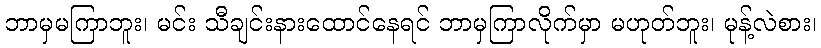
ဘာမှမကြာဘူး၊ မင်း သီချင်းနားထောင်နေရင် ဘာမှကြာလိုက်မှာ မဟုတ်ဘူး၊ မုန့်လဲစား၊